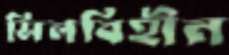
সিলবিহীন